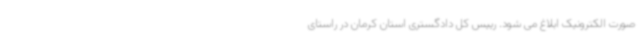
صورت الکترونیک ابلاغ می شود. رییس کل دادگستری استان کرمان در راستای